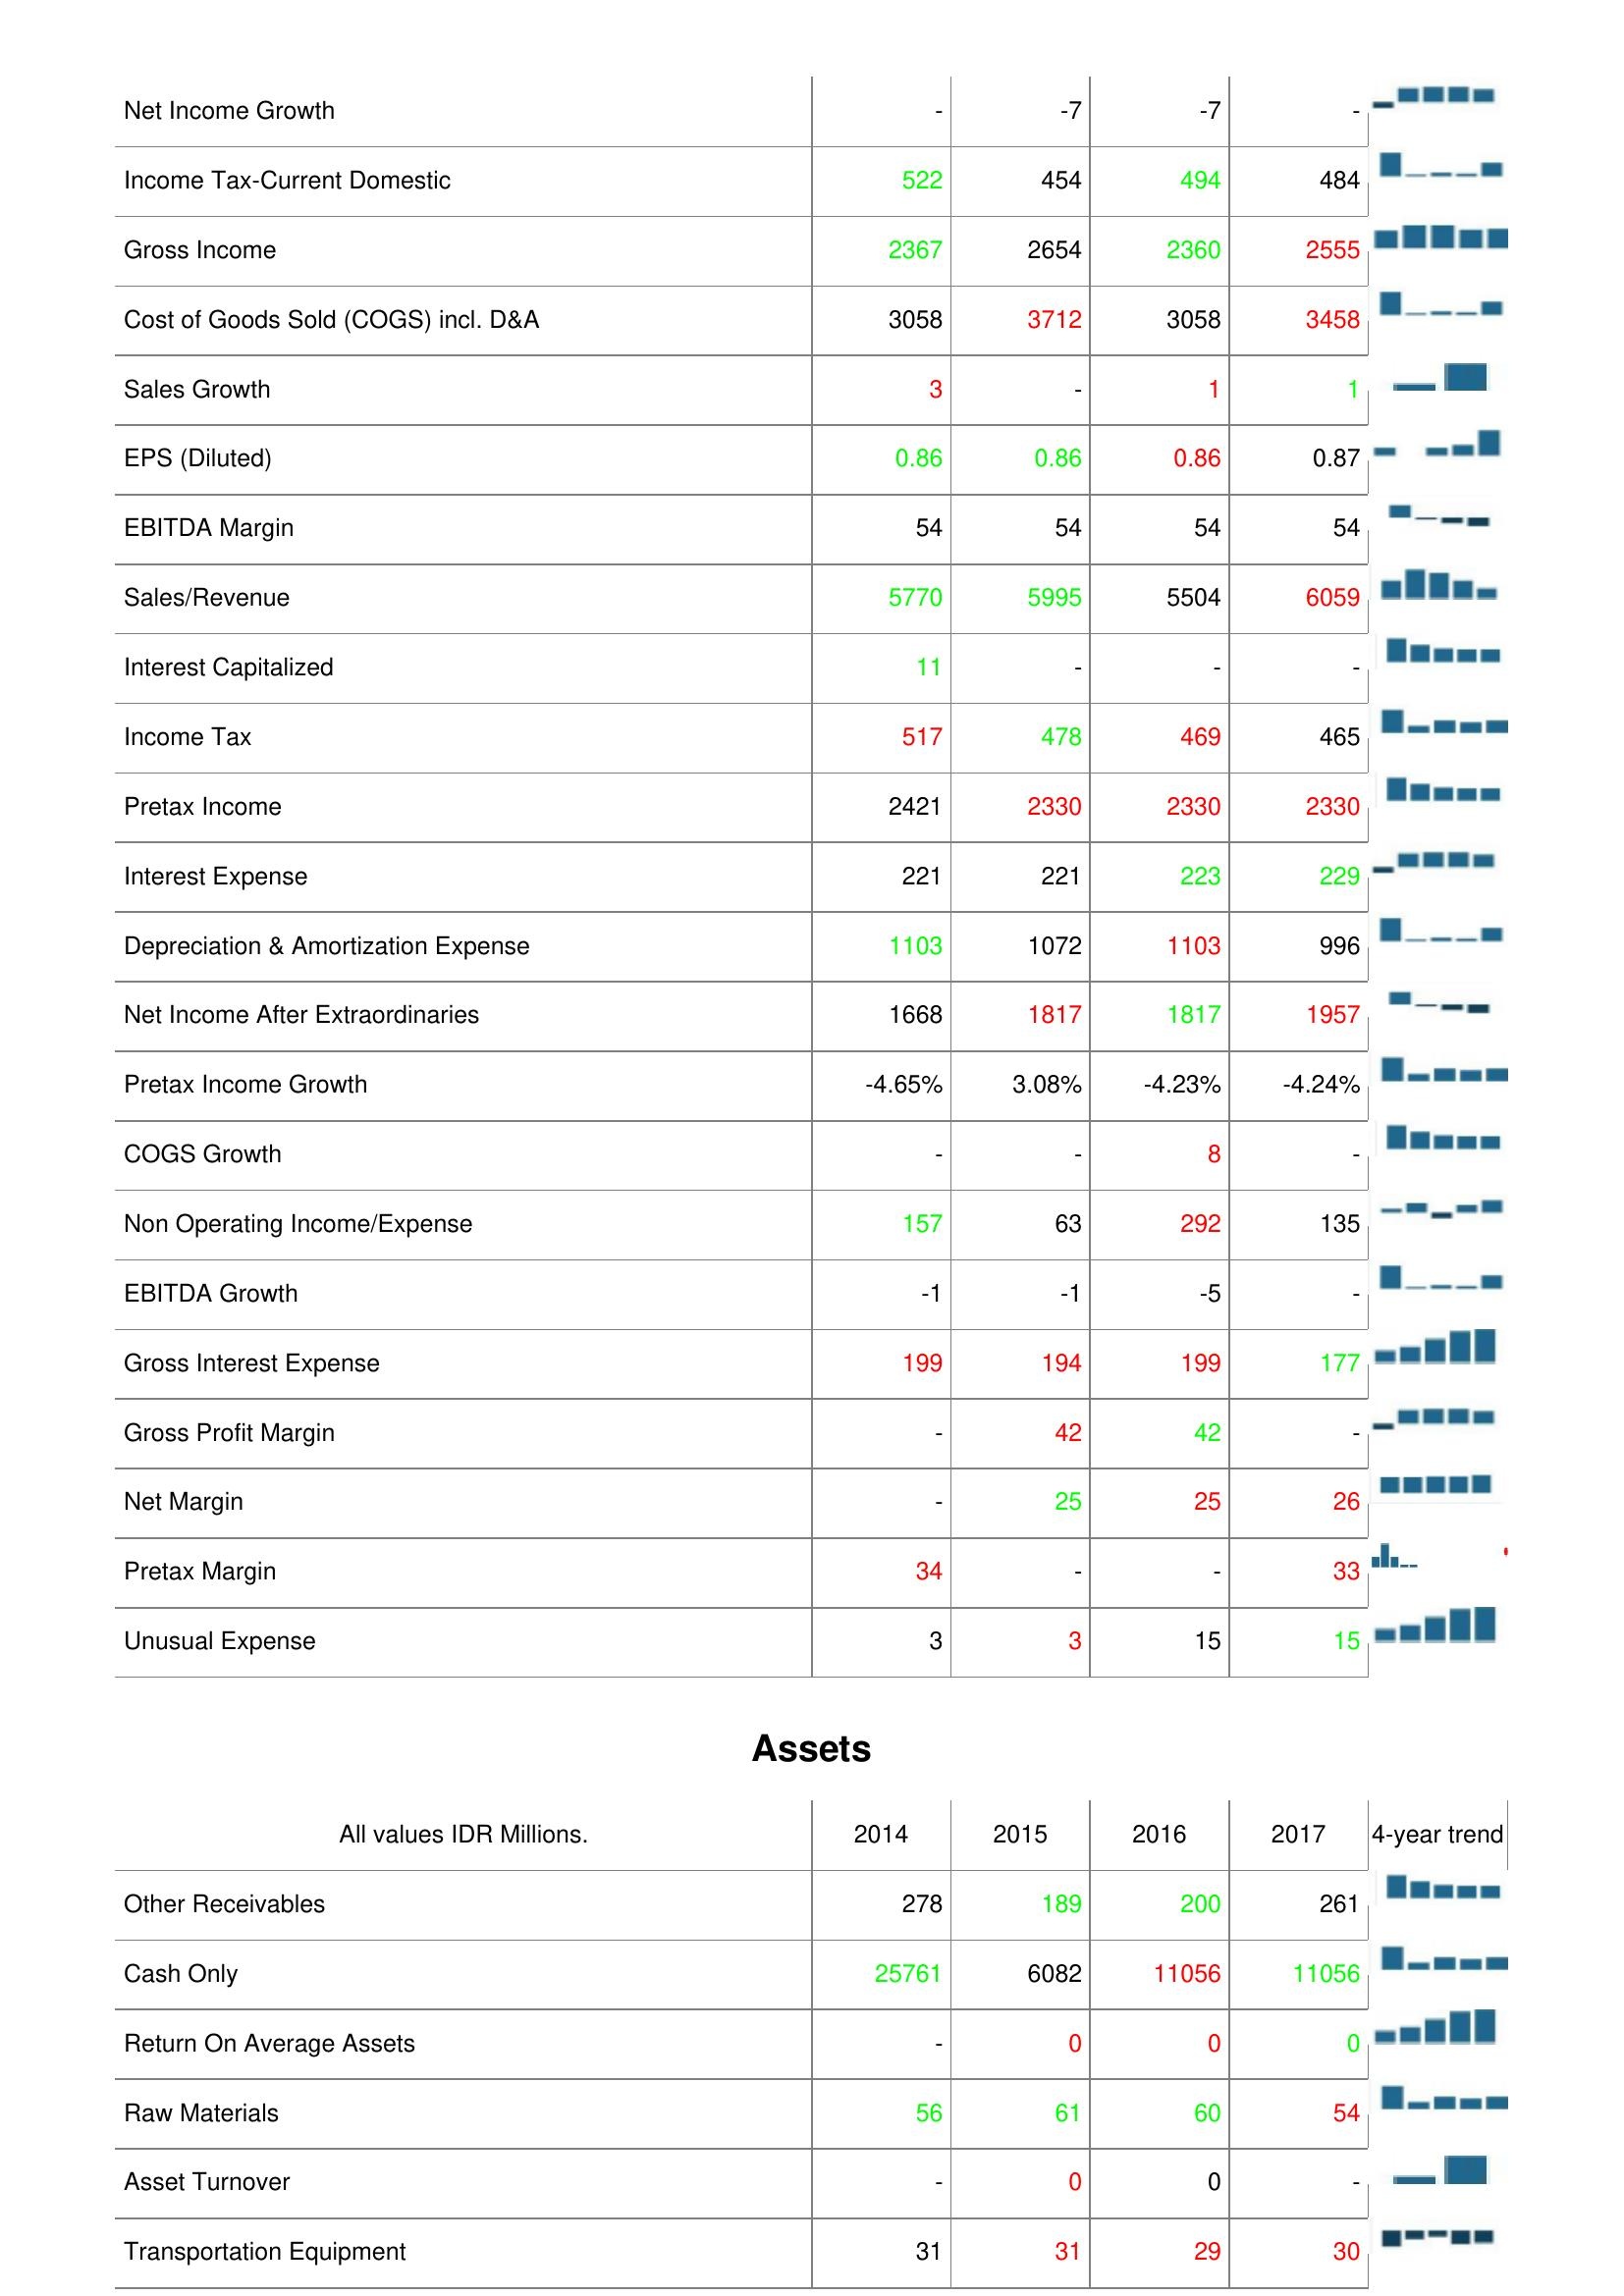
2014: : Net Income Growth: -
Income Tax-Current Domestic: 522
Gross Income: 2367
Cost of Goods Sold (COGS) incl. D&A: 3058
Sales Growth: 3
EPS (Diluted): 0.86
EBITDA Margin: 54
Sales/Revenue: 5770
Interest Capitalized: 11
Income Tax: 517
Pretax Income: 2421
Interest Expense: 221
Depreciation & Amortization Expense: 1103
Net Income After Extraordinaries: 1668
Pretax Income Growth: -4.65%
COGS Growth: -
Non Operating Income/Expense: 157
EBITDA Growth: -1
Gross Interest Expense: 199
Gross Profit Margin: -
Net Margin: -
Pretax Margin: 34
Unusual Expense: 3
Assets: Other Receivables: 278
Cash Only: 25761
Return On Average Assets: -
Raw Materials: 56
Asset Turnover: -
Transportation Equipment: 31
2015: : Net Income Growth: -7
Income Tax-Current Domestic: 454
Gross Income: 2654
Cost of Goods Sold (COGS) incl. D&A: 3712
Sales Growth: -
EPS (Diluted): 0.86
EBITDA Margin: 54
Sales/Revenue: 5995
Interest Capitalized: -
Income Tax: 478
Pretax Income: 2330
Interest Expense: 221
Depreciation & Amortization Expense: 1072
Net Income After Extraordinaries: 1817
Pretax Income Growth: 3.08%
COGS Growth: -
Non Operating Income/Expense: 63
EBITDA Growth: -1
Gross Interest Expense: 194
Gross Profit Margin: 42
Net Margin: 25
Pretax Margin: -
Unusual Expense: 3
Assets: Other Receivables: 189
Cash Only: 6082
Return On Average Assets: 0
Raw Materials: 61
Asset Turnover: 0
Transportation Equipment: 31
2016: : Net Income Growth: -7
Income Tax-Current Domestic: 494
Gross Income: 2360
Cost of Goods Sold (COGS) incl. D&A: 3058
Sales Growth: 1
EPS (Diluted): 0.86
EBITDA Margin: 54
Sales/Revenue: 5504
Interest Capitalized: -
Income Tax: 469
Pretax Income: 2330
Interest Expense: 223
Depreciation & Amortization Expense: 1103
Net Income After Extraordinaries: 1817
Pretax Income Growth: -4.23%
COGS Growth: 8
Non Operating Income/Expense: 292
EBITDA Growth: -5
Gross Interest Expense: 199
Gross Profit Margin: 42
Net Margin: 25
Pretax Margin: -
Unusual Expense: 15
Assets: Other Receivables: 200
Cash Only: 11056
Return On Average Assets: 0
Raw Materials: 60
Asset Turnover: 0
Transportation Equipment: 29
2017: : Net Income Growth: -
Income Tax-Current Domestic: 484
Gross Income: 2555
Cost of Goods Sold (COGS) incl. D&A: 3458
Sales Growth: 1
EPS (Diluted): 0.87
EBITDA Margin: 54
Sales/Revenue: 6059
Interest Capitalized: -
Income Tax: 465
Pretax Income: 2330
Interest Expense: 229
Depreciation & Amortization Expense: 996
Net Income After Extraordinaries: 1957
Pretax Income Growth: -4.24%
COGS Growth: -
Non Operating Income/Expense: 135
EBITDA Growth: -
Gross Interest Expense: 177
Gross Profit Margin: -
Net Margin: 26
Pretax Margin: 33
Unusual Expense: 15
Assets: Other Receivables: 261
Cash Only: 11056
Return On Average Assets: 0
Raw Materials: 54
Asset Turnover: -
Transportation Equipment: 30